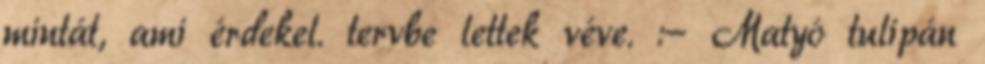
mintát, ami érdekel. tervbe lettek véve. :- Matyó tulipán